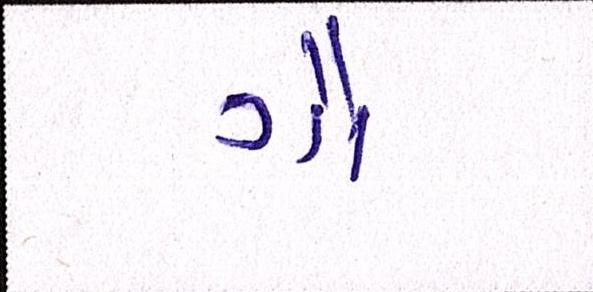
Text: ગૌ